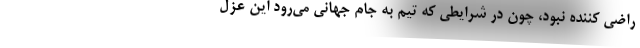
راضی کننده نبود، چون در شرایطی که تیم به جام جهانی می‌رود این عزل